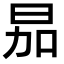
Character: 𪰘